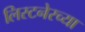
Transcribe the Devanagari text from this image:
लिस्टनेरच्या